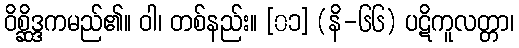
ဝိစ္ဆိဒ္ဒကမည်၏။ ဝါ၊ တစ်နည်း။ [၀၁] (နိ-၆၆) ပဋိကူလတ္တာ၊